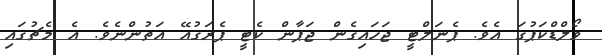
ވޯލްޑްކަޕުގަ އެވެ. ޕެނަލްޓީ ޖަހައިގެން ޖަޕާން ކެޓީ ޕެރަގުއޭ އަތުންނެވެ. އެ މެޗުގައި